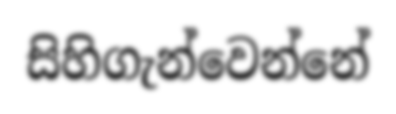
සිහිගැන්වෙන්නේ